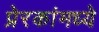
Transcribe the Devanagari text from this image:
प्रेरकांमध्ये